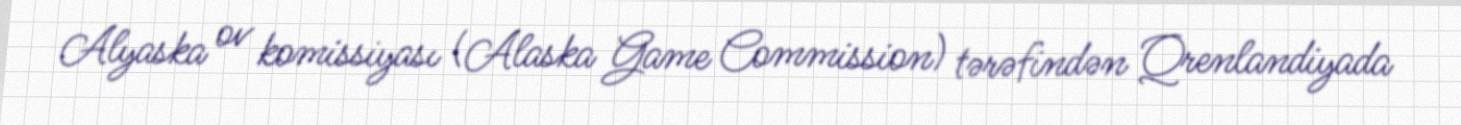
Alyaska ov komissiyası (Alaska Game Commission) tərəfindən Qrenlandiyada